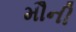
મૌની